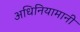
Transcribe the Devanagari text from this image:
अधिनियामानी